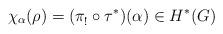
LaTeX: \begin{align*}\chi_\alpha(\rho) = (\pi^{}_!\circ\tau^\ast)(\alpha) \in H^*(G)\end{align*}